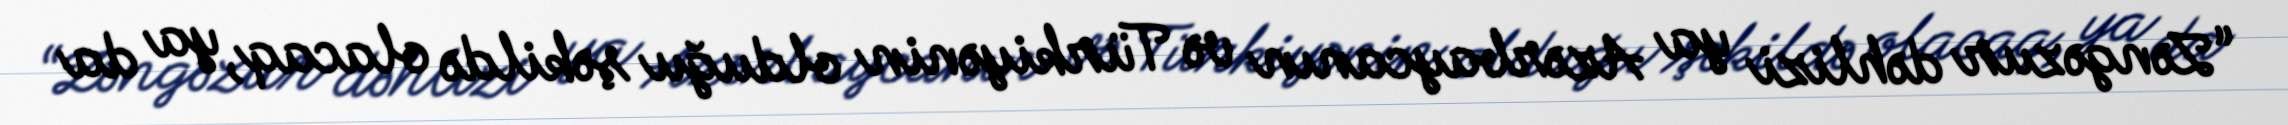
“Zəngəzur dəhlizi ya Azərbaycanın və Türkiyənin olduğu şəkildə olacaq, ya da